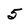
Character: 5